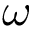
\omega